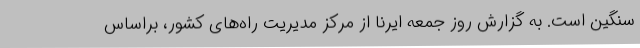
سنگین است. به گزارش روز جمعه ایرنا از مرکز مدیریت راه‌های کشور، براساس